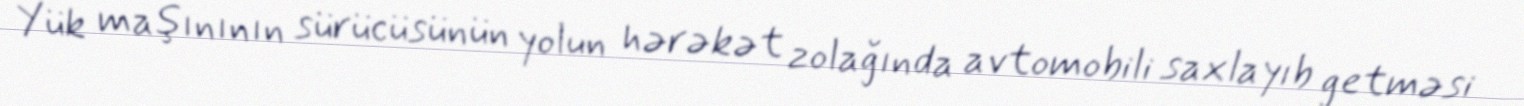
Yük maşınının sürücüsünün yolun hərəkət zolağında avtomobili saxlayıb getməsi